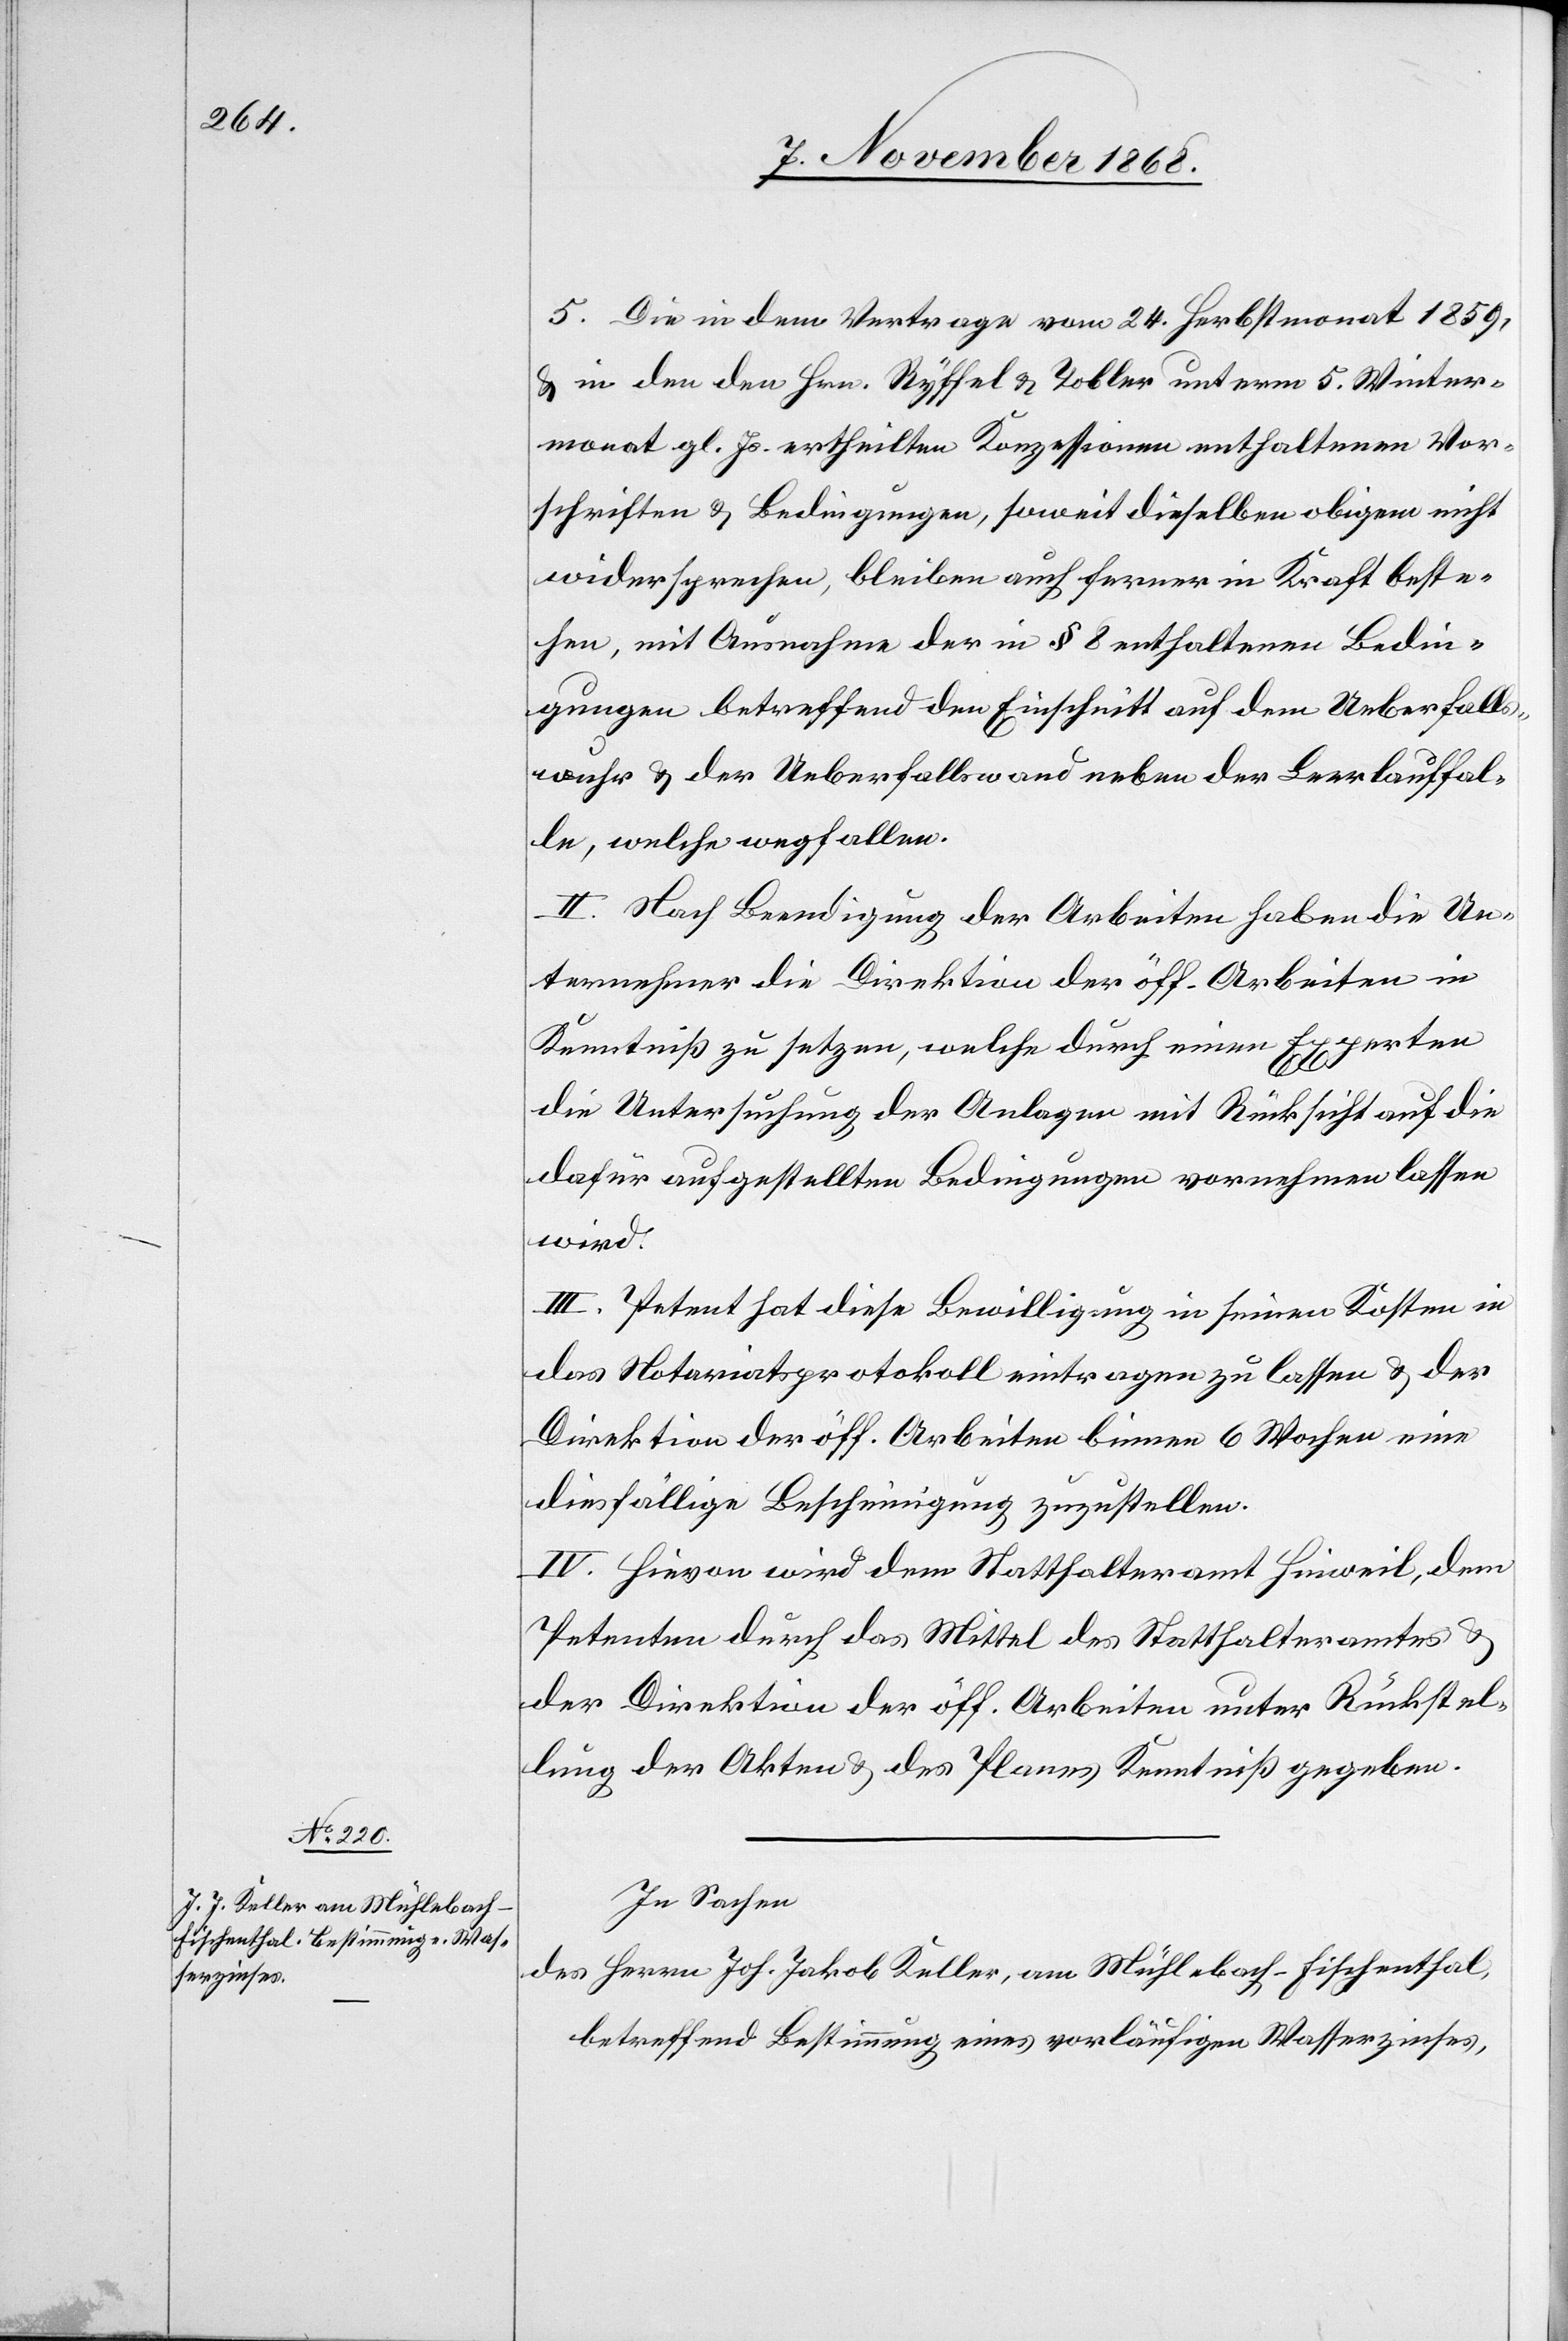
5. Die in dem Vertrage vom 24. Herbstmonat 1859,
& in den den Hrn. Ryffel & Tobler unterm 5. Winter¬
monat gl. Js. ertheilten Konzessionen enthaltenen Vor¬
schriften & Bedingungen, soweit dieselben obigem nicht
widersprechen, bleiben auch ferner in Kraft beste¬
hen, mit Ausnahme der in § 8 enthaltenen Bedin¬
gungen betreffend den Einschnitt auf dem Ueberfalls¬
wuhr & der Ueberfallswand neben der Leerlauffal¬
le, welche wegfallen.
II. Nach Beendigung der Arbeiten haben die Un¬
ternehmer die Direktion der öff. Arbeiten in
Kenntniß zu setzen, welche durch einen Experten
die Untersuchung der Anlagen mit Rücksicht auf die
dafür aufgestellten Bedingungen vornehmen lassen
wird.
III. Petent hat diese Bewilligung in seinen Kosten in
das Notariatsprotokoll eintragen zu lassen & der
Direktion der öff. Arbeiten binnen 6 Wochen eine
diesfällige Bescheinigung zuzustellen.
IV. Hievon wird dem Statthalteramt Hinweil, dem
Petenten durch das Mittel des Statthalteramtes
der Direktion der öff. Arbeiten unter Rückstel¬
lung der Akten & des Planes Kenntniß gegeben.
In Sachen
des Herrn Joh. Jakob Keller, am Mühlebach - Fischenthal,
betreffend Bestimmung eines vorläufigen Wasserzinses,